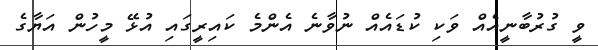
ވީ ގުރުބާނީއެއް ވަކި ކުޑައެއް ނުވާނެ އެންމެ ކައިރީގައި އުޅޭ މީހުން އަޔާގެ